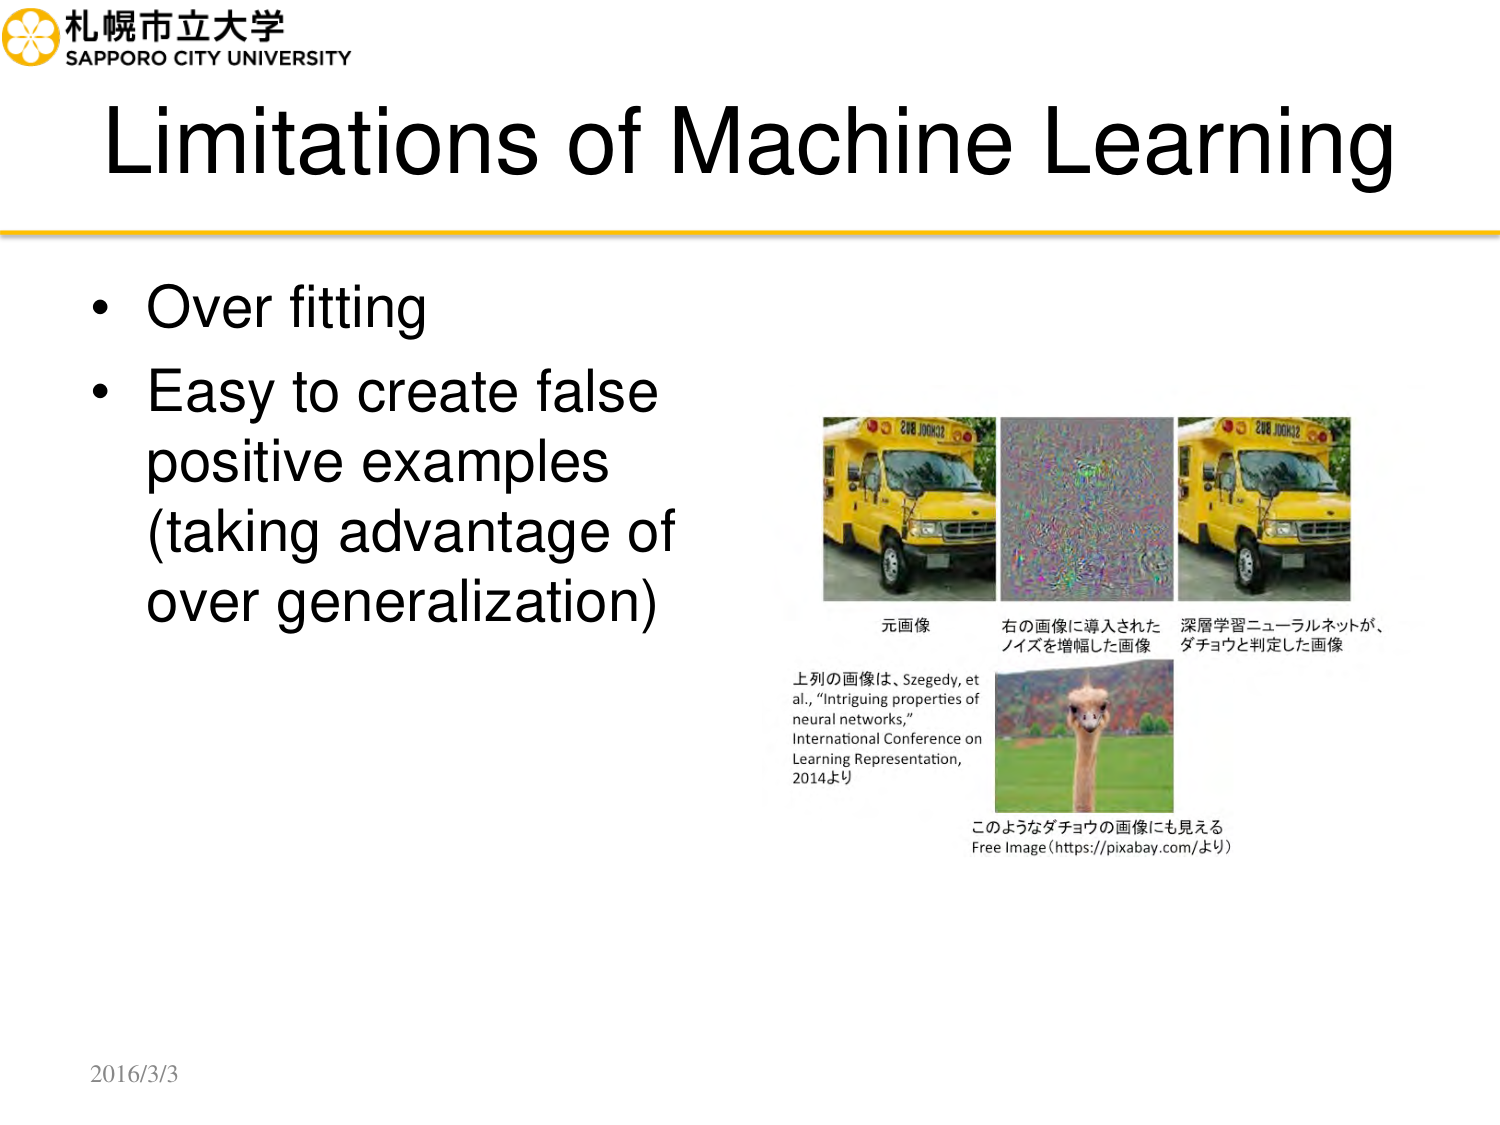
札幌市立大学
SAPPORO CITY UNIVERSITY

Limitations of Machine Learning

• Over fitting
• Easy to create false positive examples (taking advantage of over generalization)

元画像
右の画像に導入されたノイズを増幅した画像
深層学習ニューラルネットが、ダチョウと判定した画像

上記の画像は、Szegedy, et al., “Intriguing properties of neural networks,” International Conference on Learning Representation, 2014より

このようなダチョウの画像にも見える
Free Image (https://pixabay.com/より)

2016/3/3